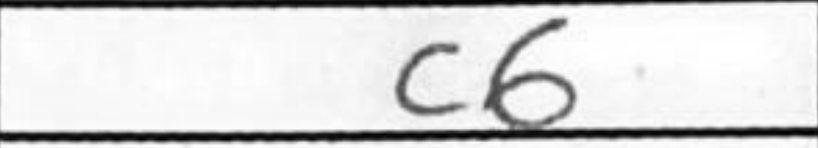
Transcription: c6